Document type: Community of property
Year: 1312
Scribe: Pere Amorós
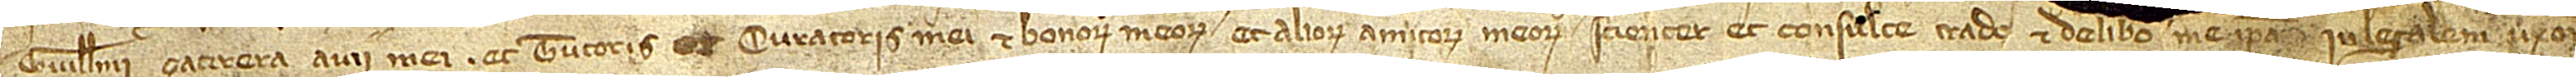
Guillelmi Çacirera, avii mei et tutoris [et] curatoris mei et bonorum meorum, et aliorum amicorum meorum, scienter et consulte, trado et delibero me ipsa in legalem uxor[em] [...]